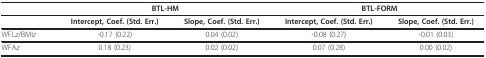
|  | <COLSPAN=2> BTL-HM | <COLSPAN=2> BTL-FORM |
 | --- | --- | --- | --- | --- |
 |  | Intercept, Coef. (Std. Err.) | Slope, Coef. (Std. Err.) | Intercept, Coef. (Std. Err.) | Slope, Coef. (Std. Err.) |
 | WFLz/BMIz | -0.17 (0.22) | 0.04 (0.02) | -0.08 (0.27) | -0.01 (0.03) |
 | WFAz | 0.18 (0.23) | 0.02 (0.02) | 0.07 (0.28) | 0.00 (0.02) |